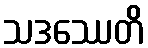
သဒဿေတိ